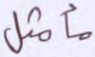
مأمثل